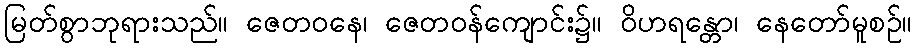
မြတ်စွာဘုရားသည်။ ဇေတဝနေ၊ ဇေတဝန်ကျောင်း၌။ ဝိဟရန္တော၊ နေတော်မူစဉ်။